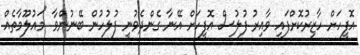
އޮފީހަށް ހާޒިރުކޮށްފައި ވާއިރު ފުލުސް އޮފީހަށް އޭނާ ގެންދެވުނީ ފުލުހުން ބޭނުންވާ "މައުލޫމާތެއް